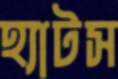
হ্যাটস